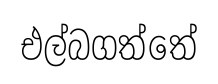
එල්බගත්තේ